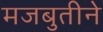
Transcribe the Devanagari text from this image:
मजबुतीने